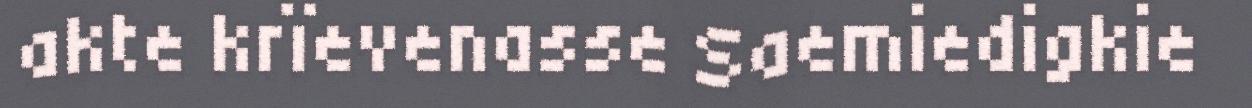
akte krïevenasse Saemiedigkie